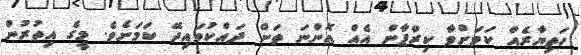
ހަތިޔާރެއް ކަމަށްވާ ކިރްޕާން އެއް އޮންނަ ތަން ދައްކުވައިދޭ ކަމަށެވެ. މީގެ އިތުރުން